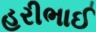
હરીભાઈ